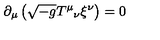
\partial _ { \mu } \left( \sqrt { - g } T ^ { \mu } { } _ { \nu } \xi ^ { \nu } \right) = 0